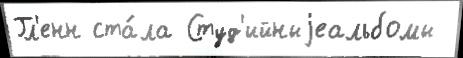
Гл'енн ста́ла Студ'ийныjеальбомы